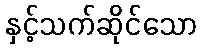
နှင့်သက်ဆိုင်သော